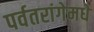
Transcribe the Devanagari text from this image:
पर्वतरांगेमधे